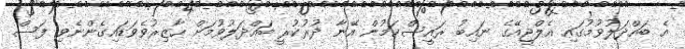
އެ ބައްދަލުވުމުގައި އެލްޖީއޭގެ ނައިބު ރައީސްކަމުން އޭނާ ދުރުކުރީ ބައްދަލުވުމަށް ހާޒިރުވެވަޑައިގެންނެވި ފަސް